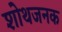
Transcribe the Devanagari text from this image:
शोथजनक